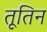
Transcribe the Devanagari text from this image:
तूतिन